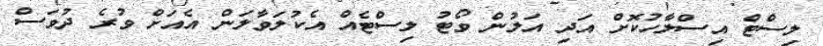
ލިސްޓް އިސްލާހުކޮށް އަދި އަލުން ވޯޓު ލިސްޓެއް އެކުލަވާލަން އެއަށް ވުރެ ދުވަސް